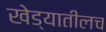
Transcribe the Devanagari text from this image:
खेड्यातीलच